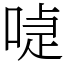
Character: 𠸝